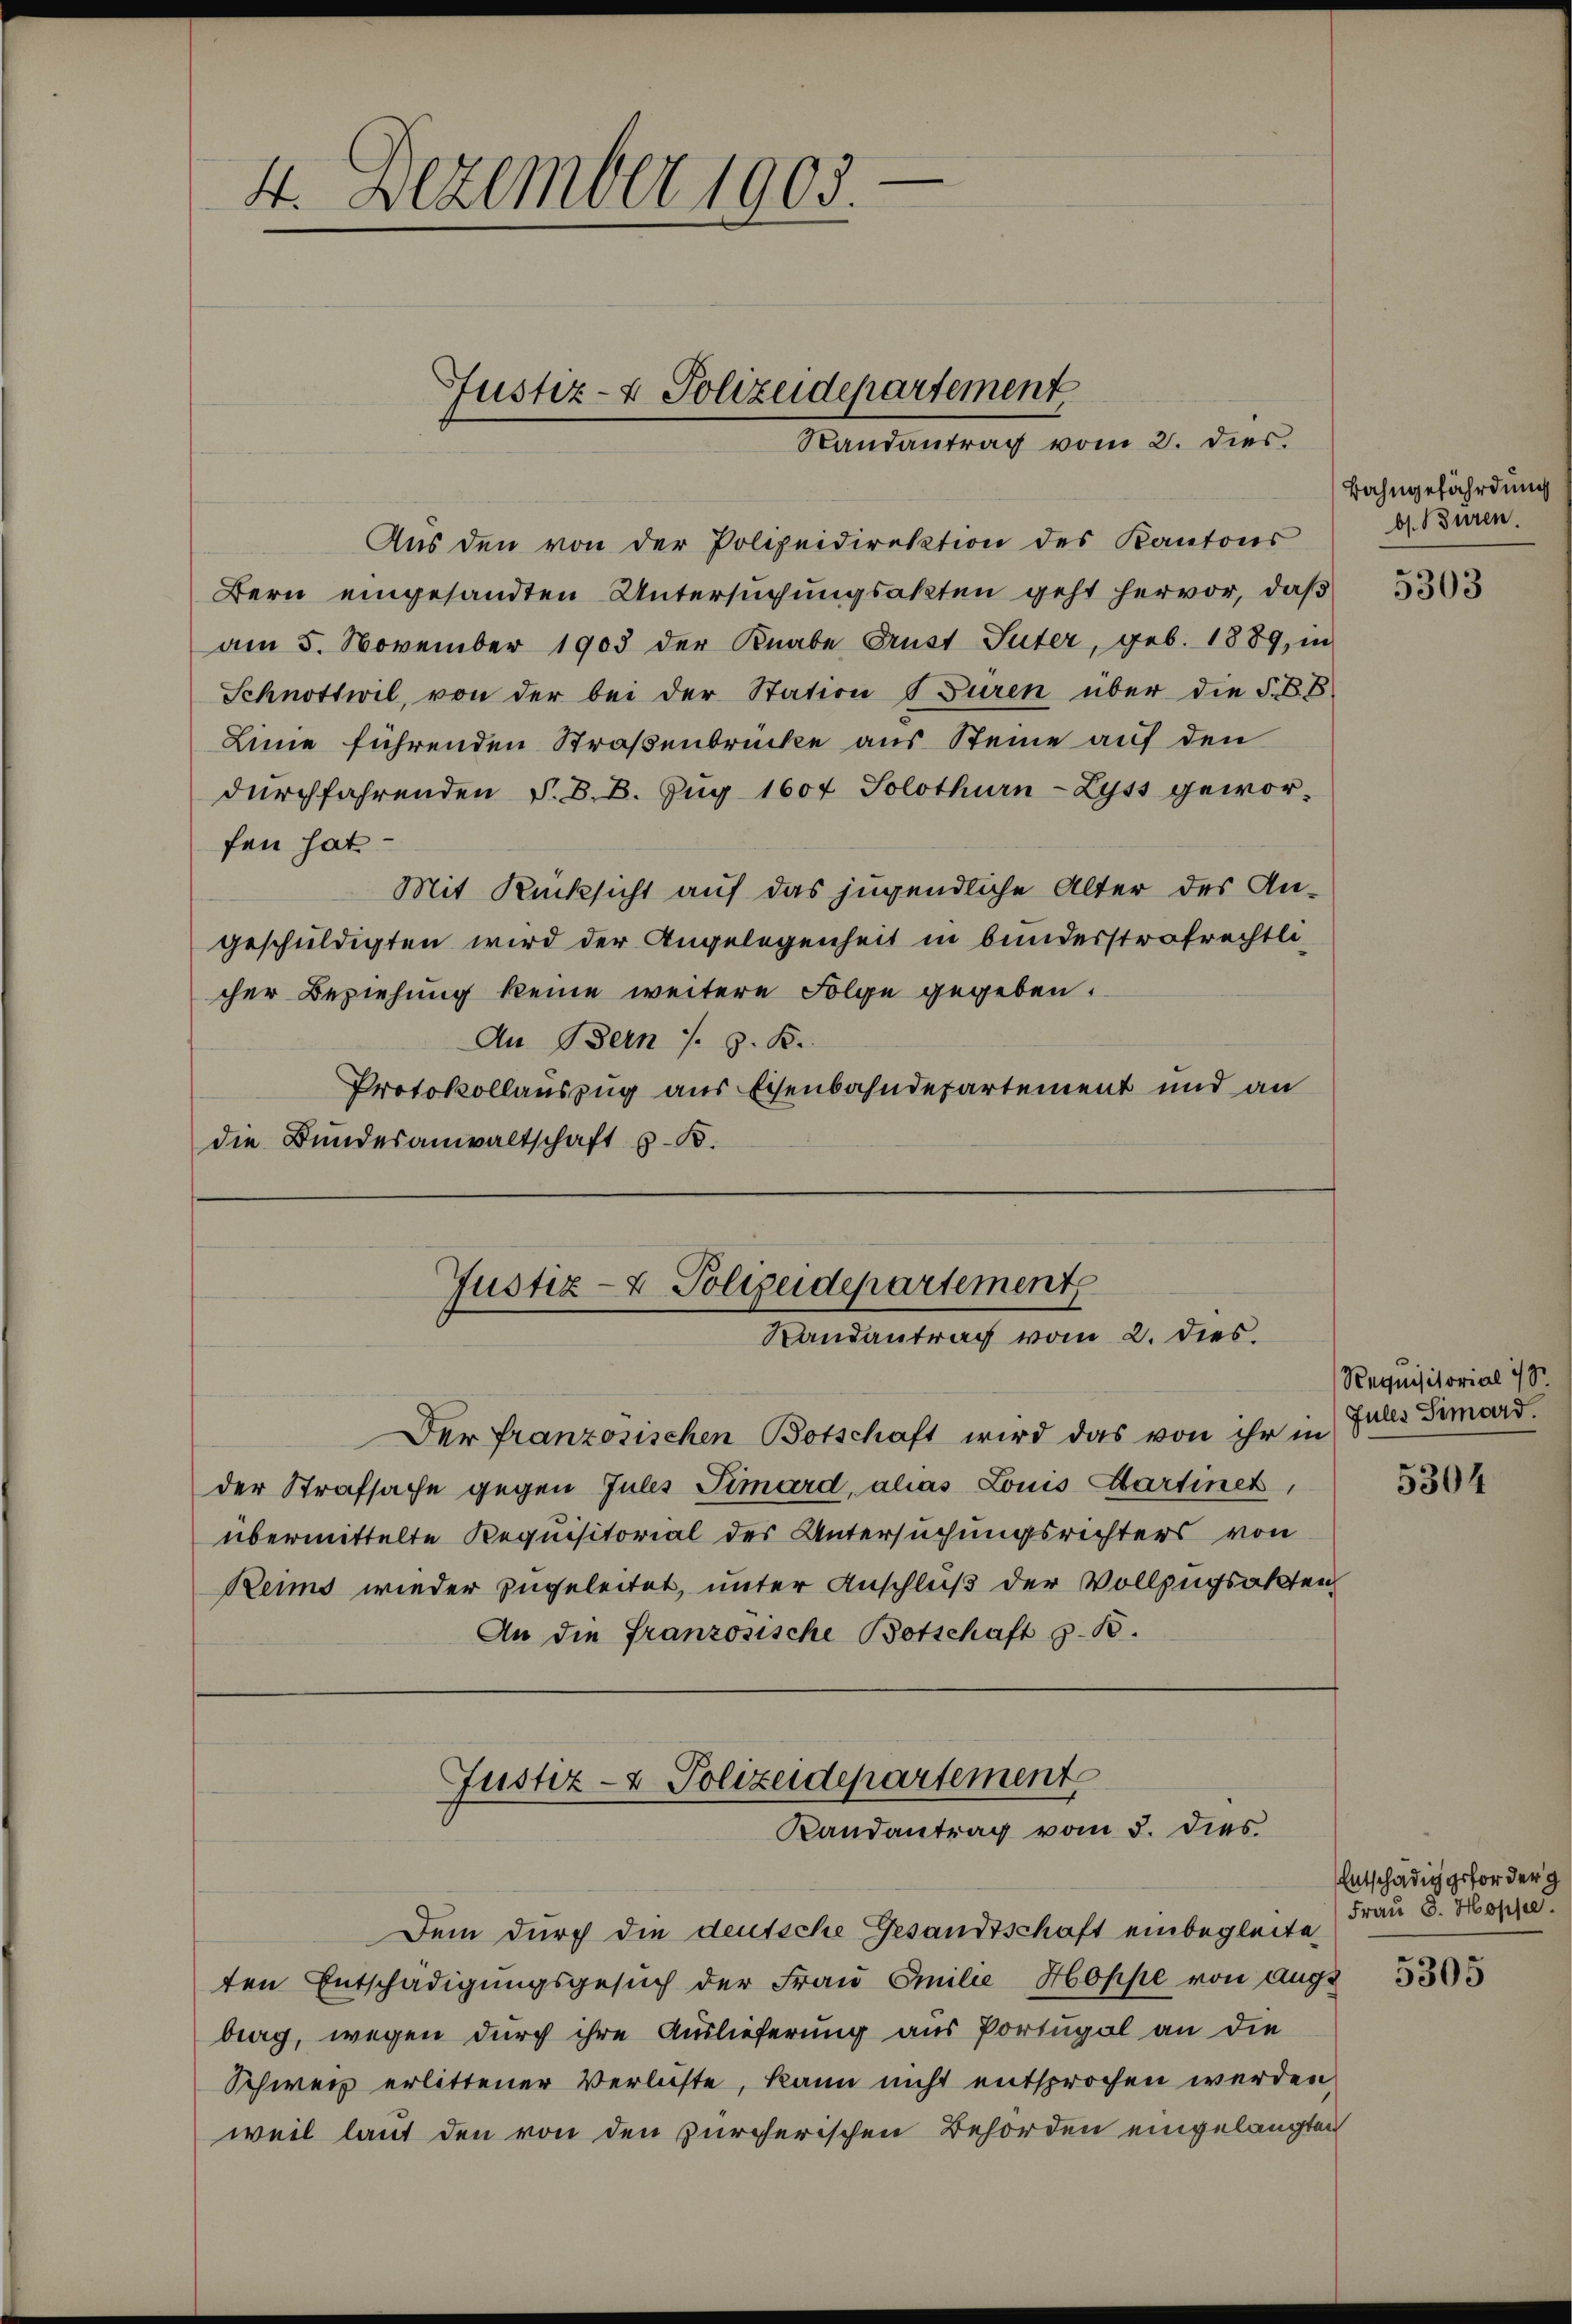
4. Dezember 1903.

Justiz- & Polizeidepartement
Randantrag vom 2. dies

Aus den von der Polizeidirektion des Kantons
Bern eingesandten Untersuchungsakten geht hervor, daß
am 5. November 1903 der Knabe Brust Suter, geb. 1889, in
Schnottwil, von der bei der Station Buren über die S. B. B
Linie führenden Straßenbrücke aus Steine auf den
durchfahrenden S. B. B. Zug 1604 Solothurn-Zyss gewor-
fen hat
Mit Rücksicht auf das jugendliche Alter des Angeschuldigten wird der Angelegenheit in bunderstrafrechtlicher Beziehung keine weitere Folge gegeben.
An Bern s. z. K.
Protokollauszug aus Eisenbahndepartement und an
die Bundesanwaltschaft z. B.

Justiz- & Polizeidepartement
Randantrag vom 2. dies.

Der franzosischen Botschaft wird das von ihr in
der Strafsache gegen Julis Timard, alias Louis Martinet,
übermittelte Requisitorial des Untersuchungsrichters von
Reims wieder zugeleitet, unter Anschluß der Vollzugsakten
An die französische Botschaft z. B.

Justiz- & Polizeidepartement
Randantrag vom 5. dies

Dem durch die deutsche Gesandtschaft einbegleiteten Entschädigungsgesuch der Frau Emilie Hoppe von Auge
berg, wegen durch ihre Auslieferung aus Portugal an die
Schweiz erlittener Verluste, kann nicht entsprochen werden,
weil laut den von den zürcherischen Behörden eingelangten

Bahngefährdung
b. Büren.

5303

Requisitorial 178
Jules Simord.

5304

Entschädig geforder g
Frau 3. Hoppe.

5305